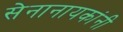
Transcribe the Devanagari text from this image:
सेनानायकांनी